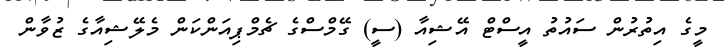
މީގެ އިތުރުން ސައުތު އީސްޓް އޭޝިއާ (ސީ) ގޭމްސްގެ ޗެމްޕިއަންކަން މެލޭޝިއާގެ ޒުވާން